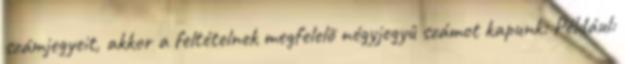
számjegyeit, akkor a feltételnek megfelelõ négyjegyû számot kapunk: Például: